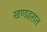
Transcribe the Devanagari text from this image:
खण्डहरात